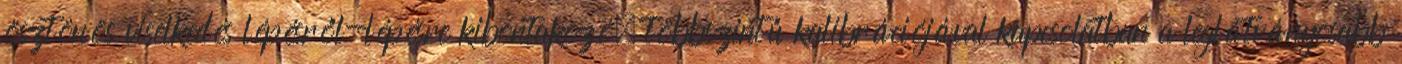
ösztönös viselkedés lépésről-lépésre kibontakozó, többszintű kalibrációjával kapcsolatban a leglátványosabb